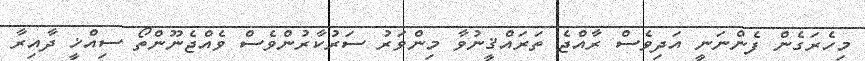
މިހެރަގެން ފެންނަނީ އަދިވެސް ރާއްޖެ ތަރައްޤީނުވާ މިންވަރު ސަރުކާރުންވެސް ވެއްޖެނޫންތޯ ސިއްޚީ ދާއިރާ